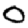
Digit: 0